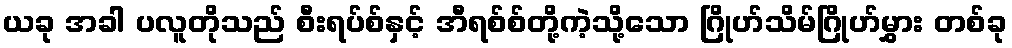
ယခု အခါ ပလူတိုသည် စီးရပ်စ်နှင့် အီရစ်စ်တို့ကဲ့သို့သော ဂြိုဟ်သိမ်ဂြိုဟ်မွှား တစ်ခု